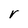
Character: r